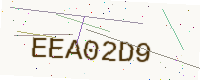
Text: EEA02D9